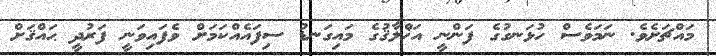
މައްޗަށެވެ. ނަމަވެސް ހުޅަނގުގެ ފަންނީ އަޚްލާޤުގެ މައިގަނޑު ސިފައެއްކަމަށް ވެފައިވަނީ ފަރުދީ ޙައްޤަށް